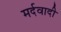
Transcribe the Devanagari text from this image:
मर्दवादी